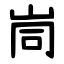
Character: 峝